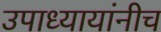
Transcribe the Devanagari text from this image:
उपाध्यायांनीच